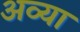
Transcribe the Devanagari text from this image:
अव्या